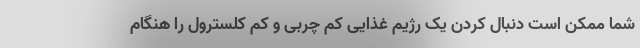
شما ممکن است دنبال کردن یک رژیم غذایی کم چربی و کم کلسترول را هنگام